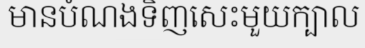
មានបំណងទិញសេះមួយក្បាល